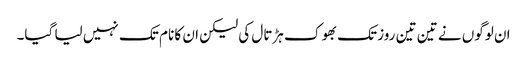
ان لوگوں نے تین تین روز تک بھوک ہڑتال کی لیکن ان کا نام تک نہیں لیا گیا۔